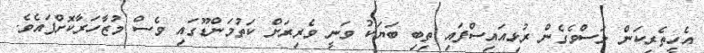
އެހީތެރިކަން ލަސްވެގެން ރުޅިއައިސްފައި ތިބި ބަޔަކު ވަނީ ވެރިރަށް ކަތުމަންޑޫގައި ވެސް މުޒާހަރާކޮށްފައެވެ.